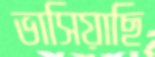
ভাসিয়াছি